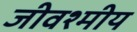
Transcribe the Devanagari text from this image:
जीवश्मीय